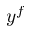
y ^ { f }